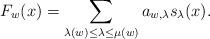
LaTeX: \begin{align*}F_w(x) = \sum_{\lambda(w)\le \lambda \le \mu(w)} a_{w,\lambda} s_\lambda(x).\end{align*}